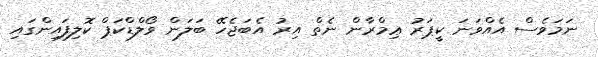
ނަމަވެސް އެއްވަނަ ކީޕަރު ޢިމްރާން ނެތް އިރު އެބަޖެހޭ ބަލަން ވޯލްޑްކަޕް ކޮލިފައިންގައި